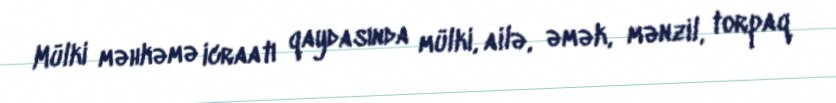
Mülki məhkəmə icraatı qaydasında mülki, ailə, əmək, mənzil, torpaq